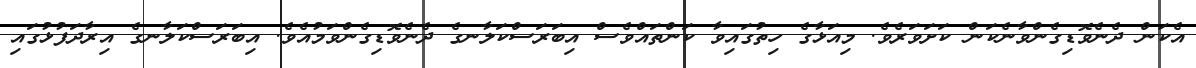
އެކަން ދެނެވޮޑިގެންވާނެކަން ކަށަވަރެވެ. މިއަޅާގެ ހިތުގައިވާ ކަންތައްވެސް އިބަރަސްކަލާނގެ ދެނެވޮޑިގެންވަމުއެވެ. އިބަރަސްކަލާނގެ އިރާދަފުޅުގައި